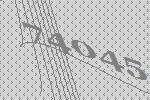
74045